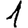
Digit: 1